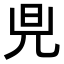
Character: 𪝿